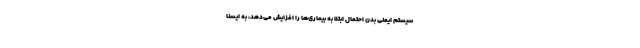
سیستم ایمنی بدن احتمال ابتلا به بیماری‌ها را افزایش می‌دهد، به ایسنا